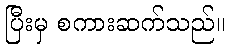
ပြီးမှ စကားဆက်သည်။